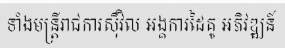
ទាំងមន្ត្រីរាជការស៊ីវិល អង្គការដៃគូ អភិវឌ្ឍន៍